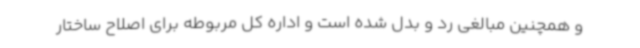
و همچنین مبالغی رد و بدل شده است و اداره کل مربوطه برای اصلاح ساختار